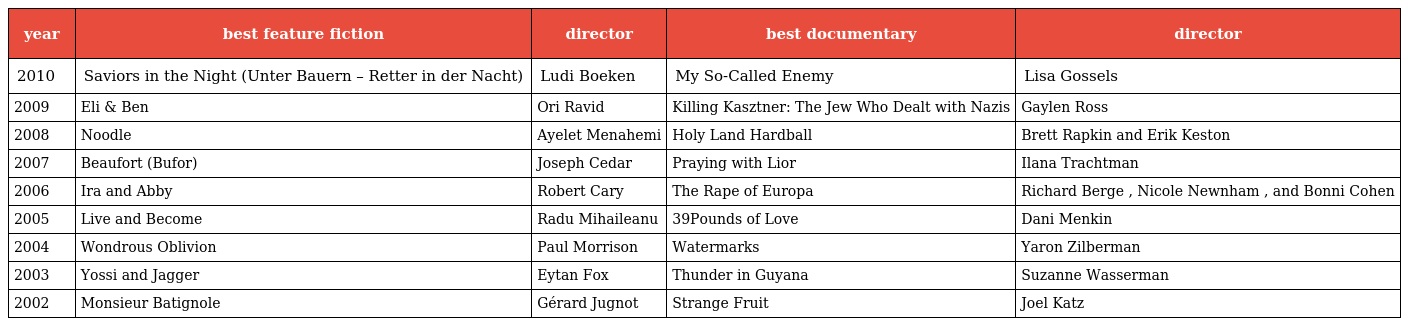
| year | best feature fiction | director | best documentary | director |
 | --- | --- | --- | --- | --- |
 | 2010 | Saviors in the Night (Unter Bauern – Retter in der Nacht) | Ludi Boeken | My So-Called Enemy | Lisa Gossels |
 | 2009 | Eli & Ben | Ori Ravid | Killing Kasztner: The Jew Who Dealt with Nazis | Gaylen Ross |
 | 2008 | Noodle | Ayelet Menahemi | Holy Land Hardball | Brett Rapkin and Erik Keston |
 | 2007 | Beaufort (Bufor) | Joseph Cedar | Praying with Lior | Ilana Trachtman |
 | 2006 | Ira and Abby | Robert Cary | The Rape of Europa | Richard Berge , Nicole Newnham , and Bonni Cohen |
 | 2005 | Live and Become | Radu Mihaileanu | 39Pounds of Love | Dani Menkin |
 | 2004 | Wondrous Oblivion | Paul Morrison | Watermarks | Yaron Zilberman |
 | 2003 | Yossi and Jagger | Eytan Fox | Thunder in Guyana | Suzanne Wasserman |
 | 2002 | Monsieur Batignole | Gérard Jugnot | Strange Fruit | Joel Katz |